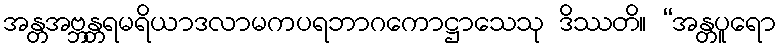
အန္တအဗ္ဘန္တရမရိယာဒလာမကပရဘာဂကောဋ္ဌာသေသု ဒိဿတိ။ “အန္တပူရော